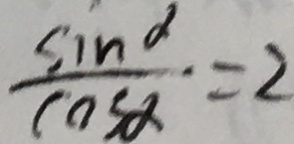
\frac { \sin d } { \cos \alpha } = 2